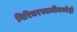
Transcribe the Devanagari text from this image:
गिरिधरस्वामींमध्येही